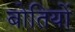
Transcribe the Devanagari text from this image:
बोतियों